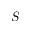
S